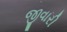
જીવારી